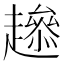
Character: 𧾋